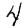
Digit: 4